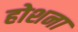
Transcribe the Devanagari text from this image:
होशना